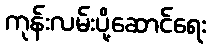
ကုန်းလမ်းပို့ဆောင်ရေး